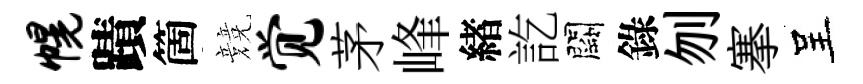
幌蹟箇競觉茅峰緖訖闕錄刎搴呈